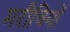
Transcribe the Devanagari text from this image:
मरीचियों